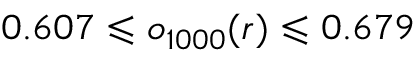
0 . 6 0 7 \leqslant o _ { 1 0 0 0 } ( r ) \leqslant 0 . 6 7 9